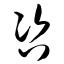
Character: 咨